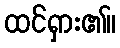
ထင်ရှား၏။